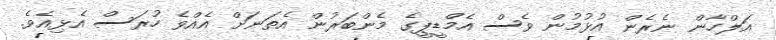
އަލްހާން ނެރެން އުޅުމުން ވެސް އެމްޑީޕީގެ މެންބަރުން އެތަނަށް އެއްވެ ހުރަސް އެޅިއެވެ.